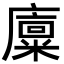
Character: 𪪨